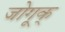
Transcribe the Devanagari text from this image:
जोगूक्